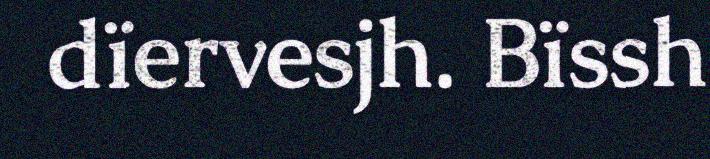
dïervesjh. Bïssh